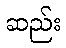
ဆည်း